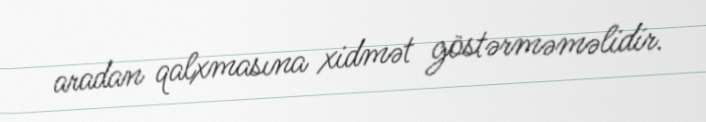
aradan qalxmasına xidmət göstərməməlidir.